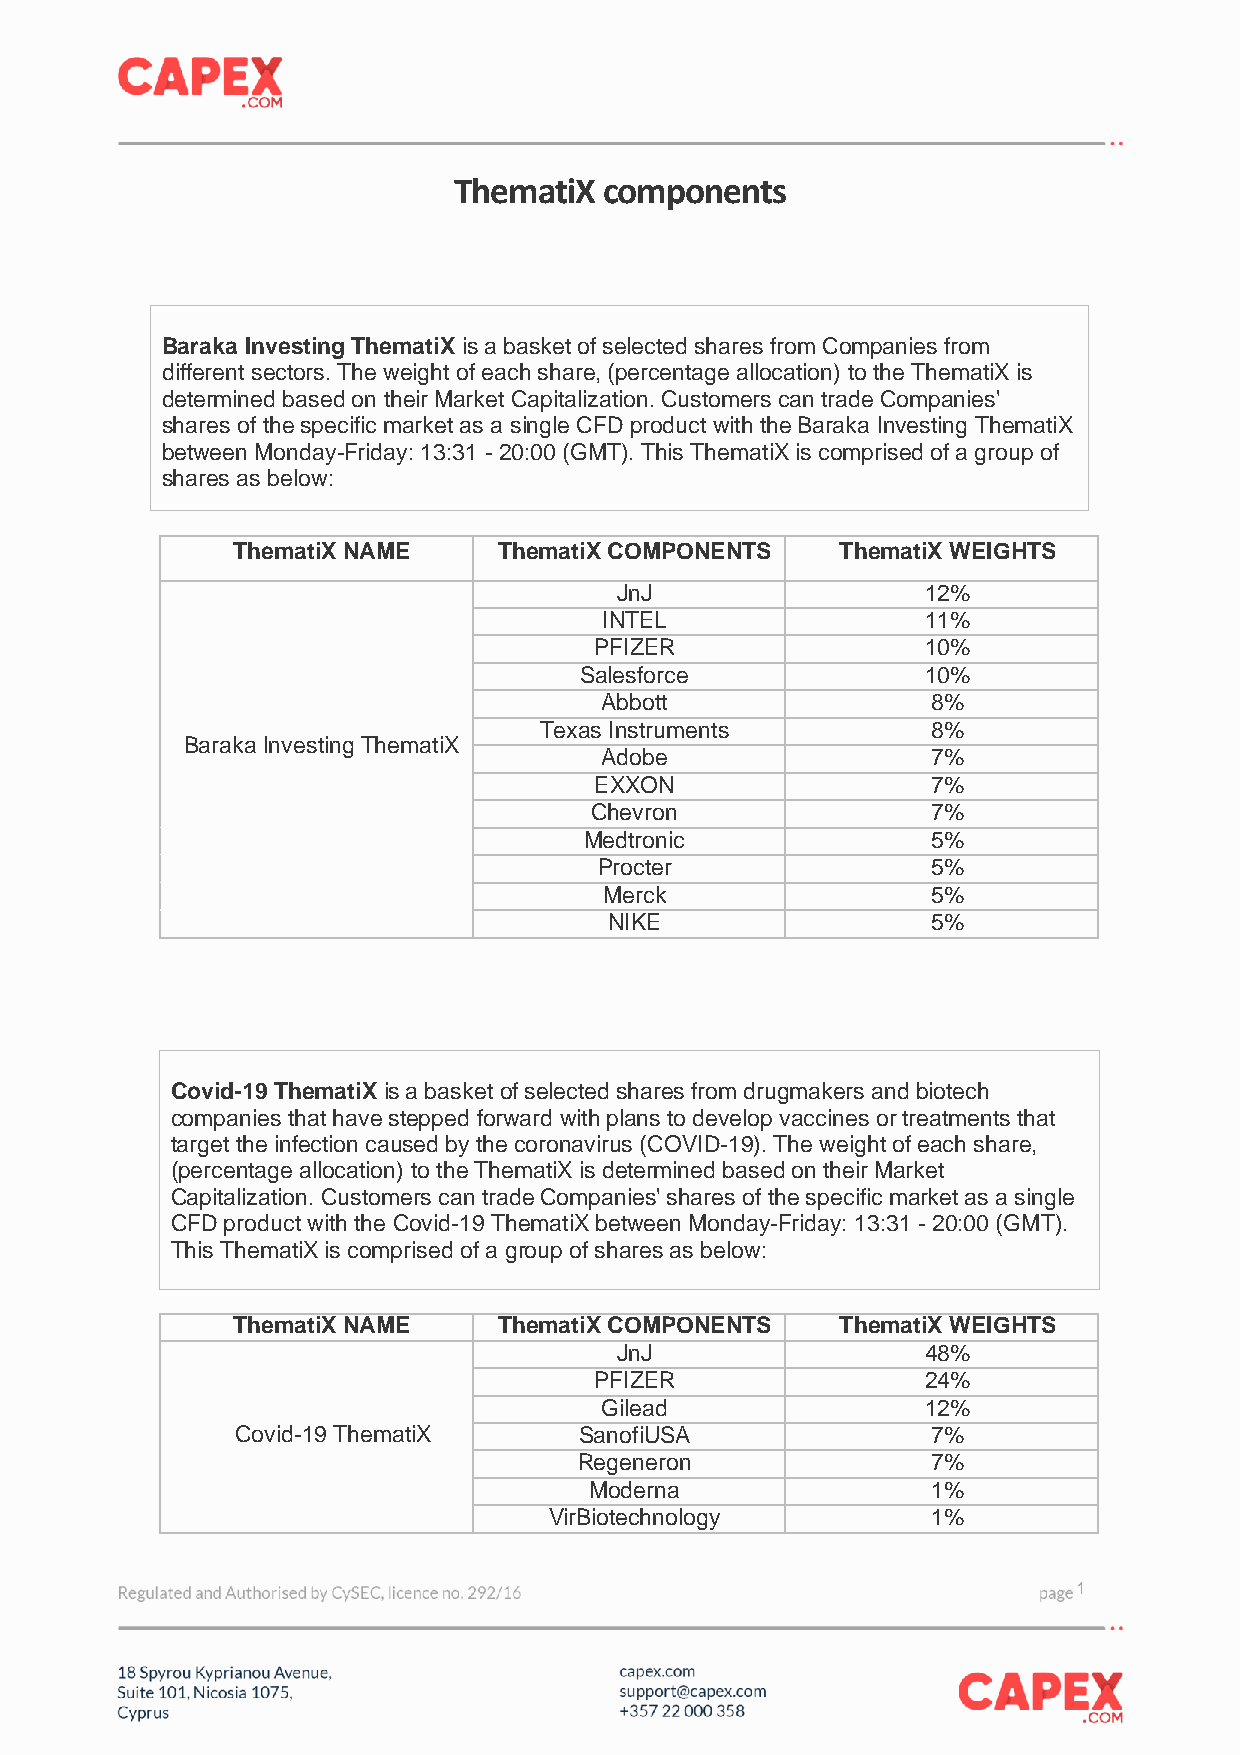
ThematiX  components
 Baraka Investing ThematiX is a basket of selected shares from Companies from
 different sectors. The weight of each share, (percentage allocation) to the ThematiX is
 determined based on their Market Capitalization. Customers can trade Companies'
 shares of the specific market as a single CFD product with the Baraka Investing ThematiX
 between Monday-Friday: 13:31 - 20:00 (GMT). This ThematiX is comprised of a group of
 shares as below:
 ThematiX NAME     ThematiX COMPONENTS    ThematiX WEIGHTS
 JnJ                 12%
 INTEL                11%
 PFIZER                10%
 Salesforce             10%
 Abbott                8%
 Texas Instruments         8%
 Baraka Investing ThematiX
 Adobe                 7%
 EXXON                  7%
 Chevron                7%
 Medtronic              5%
 Procter               5%
 Merck                 5%
 NIKE                  5%
 Covid-19 ThematiX is a basket of selected shares from drugmakers and biotech
 companies that have stepped forward with plans to develop vaccines or treatments that
 target the infection caused by the coronavirus (COVID-19). The weight of each share,
 (percentage allocation) to the ThematiX is determined based on their Market
 Capitalization. Customers can trade Companies' shares of the specific market as a single
 CFD product with the Covid-19 ThematiX between Monday-Friday: 13:31 - 20:00 (GMT).
 This ThematiX is comprised of a group of shares as below:
 ThematiX NAME     ThematiX COMPONENTS    ThematiX WEIGHTS
 JnJ                 48%
 PFIZER                24%
 Gilead               12%
 Covid-19 ThematiX     SanofiUSA               7%
 Regeneron               7%
 Moderna                1%
 VirBiotechnology          1%
 1